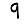
Digit: 9